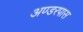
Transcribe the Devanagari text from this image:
अण्डरपास